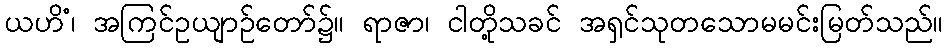
ယဟိံ၊ အကြင်ဥယျာဉ်တော်၌။ ရာဇာ၊ ငါတို့သခင် အရှင်သုတသောမမင်းမြတ်သည်။